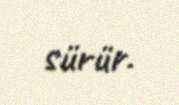
sürür.